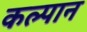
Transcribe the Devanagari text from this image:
कल्पान